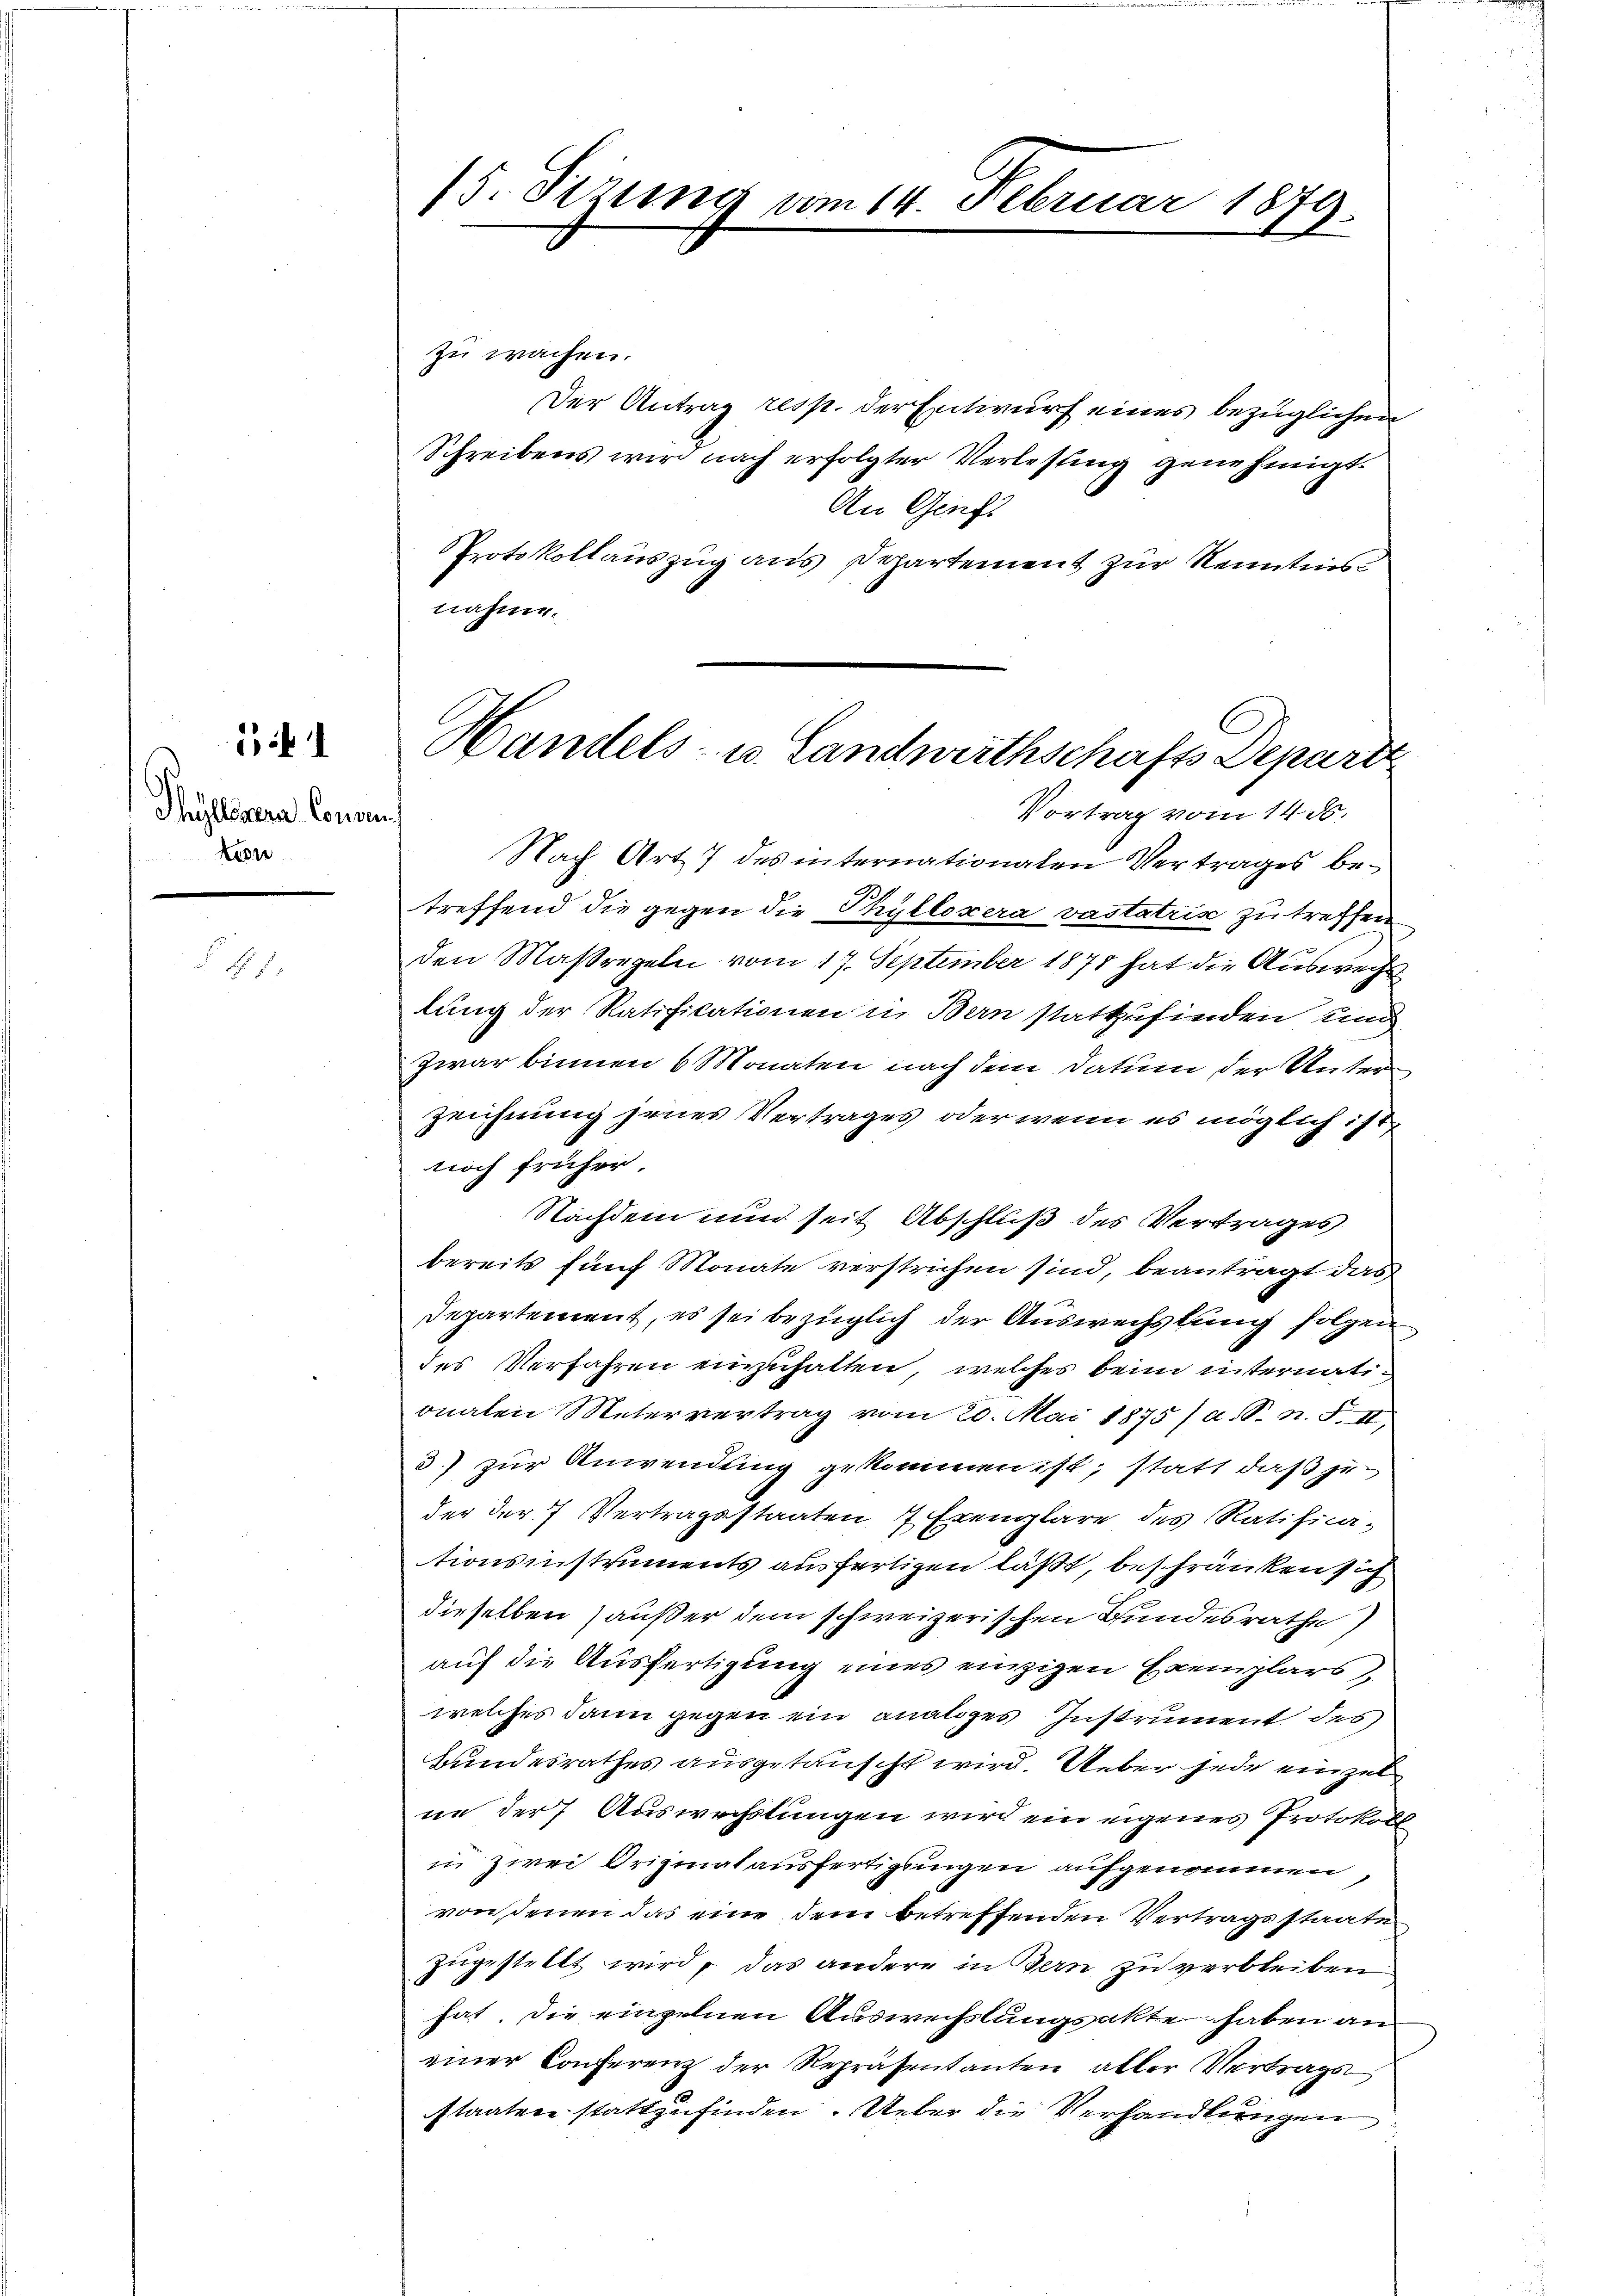
Thüllenera Concu
ton

if

.

/5. Seizung vom 14. Februar 1879.

zu wachen.
Der Antrag resp. der Entwurf eines bezüglichen
Schreibens wird nach erfolgter Verlesung genehmigt.
An Genf
Protokollauszug aus Departement zur Kenntnis
nahme.
Vortrag vom 1456.
Nach Art 7 des internationalen Vertrages betreffend die gegen die Phylloxera vastatis zu treffen
den Maßregeln vom 17. September 1875 hat die Auswechs
lung der Ratifikationen in Bern stattzufinden und
Zwar binnen 6 Monaten nach dem Datum der Unterzeichnung jenes Vertrages oder wenn es möglich ist,
noch früher.
Nachdem nun seit Abschluß des Vertrages
bereits fünf Monate verstrichen sind, beantragt das
Departement, es sei bezüglich der Auswechslung folchen
des Verfahren einzuhalten, welches beim internationalen Metervertrag vom 20. Mai 1875 / a. S. n. F. II
3) zur Anwendung gekommen ist, statt daß je
der der 7 Vertragsstaaten 7 Exemplare des Ratifica-
tionsinstruments ausfertigen laßt, beschränken sich
dieselben außer dem schweizerischen Bundesrathe
auf die Ausfertigung eines einzigen Exemplars
welches dann gegen ein analoges Instrument des
Bundesrathes ausgetauscht wird. Ueber jede einzel
ne der Auswechslungen wird ein eigenes Protokoll
in zwei Originalausfertigungen aufgenommen,
von denen das eine dem betreffenden Vertragsstaate
zugestellt wird, das andere in Gern zu verbleiben
hat. Die einzelnen Auswechslungsakte haben an
einer Conferenz der Repräsentanten aller Vertrags
staaten stattzufinden. Ueber die Verhandlungen

Handels- u. Landwirthschafts Depart